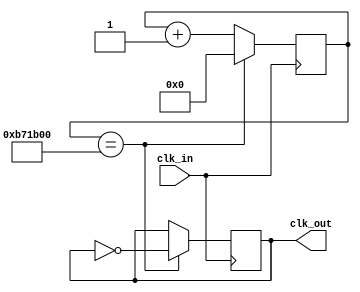
module clk1hz (
  input clk_in,
  output reg clk_out = 0
);

/* count = (clk_in / clk_out) */
/* Ejemplo 1 */
/* count = 25E6 = 25000000 = (25E6 Hz)/(1 Hz) */
/* SIZE = 2^25 = 33.5E6 lo contiene */
/* Ejemplo 2 */
/* count = (50E6 Hz)/(1 Hz) = 50E6 = 50000000 */
/* SIZE = 2^26 = 67.5E6 lo contiene */
/* Configuracin a 1 Hz */
/* count = (12E6 Hz)/(1 Hz) = 12E6 = 12000000 */
/* SIZE = 2^24 = 16.777E6 lo contiene */

parameter SIZE = 24; 
parameter LIMIT = 24'd12000000;

reg [SIZE-1:0] count = 0;

always@(posedge clk_in)
begin
  if(count == LIMIT)
  begin
    count <= 0;
    clk_out <= ~clk_out;
  end
  else
  begin
    count <= count + 1;
  end
end
endmodule